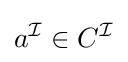
a^{\mathcal {I}}\in C^{\mathcal {I}}